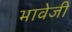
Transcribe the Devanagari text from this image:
भावेजी